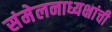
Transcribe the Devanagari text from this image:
संमेलनाध्यक्षांची